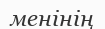
менінің